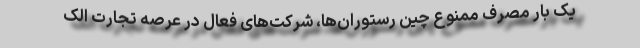
یک بار مصرف ممنوع چین رستوران‌ها، شرکت‌های فعال در عرصه تجارت الک